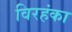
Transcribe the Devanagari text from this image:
विरहंका